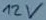
Text: 12V